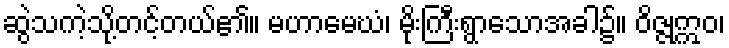
ဆွဲသကဲ့သို့တင့်တယ်၏။ မဟာမေဃံ၊ မိုးကြီးရွာသောအခါ၌။ ဝိဇ္ဇုဣဝ၊